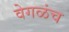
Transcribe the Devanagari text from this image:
वेगळंच